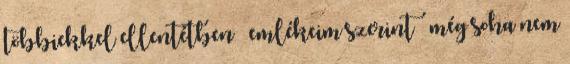
többiekkel ellentétben – emlékeim szerint – még soha nem